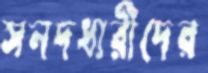
সনদধারীদের